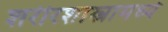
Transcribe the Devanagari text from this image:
शरीरशास्त्रामध्ये